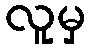
လူမှ